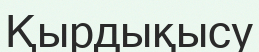
Қырдықысу